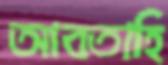
আবতাহি